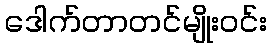
ဒေါက်တာတင်မျိုးဝင်း